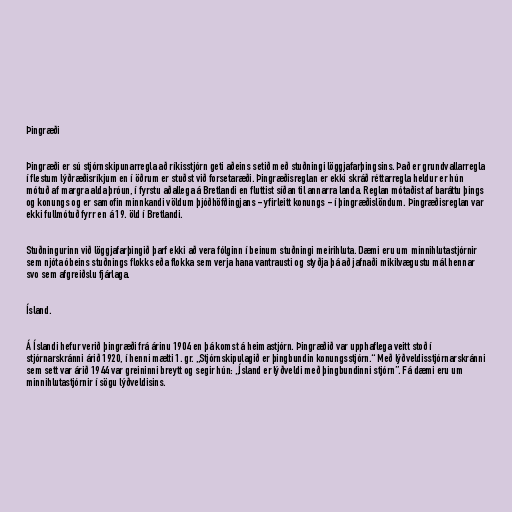
Þingræði

Þingræði er sú stjórnskipunarregla að ríkisstjórn geti aðeins setið með stuðningi löggjafarþingsins. Það er grundvallarregla
í flestum lýðræðisríkjum en í öðrum er stuðst við forsetaræði. Þingræðisreglan er ekki skráð réttarregla heldur er hún
mótuð af margra alda þróun, í fyrstu aðallega á Bretlandi en fluttist síðan til annarra landa. Reglan mótaðist af baráttu þings
og konungs og er samofin minnkandi völdum þjóðhöfðingjans - yfirleitt konungs - í þingræðislöndum. Þingræðisreglan var
ekki fullmótuð fyrr en á 19. öld í Bretlandi.

Stuðningurinn við löggjafarþingið þarf ekki að vera fólginn í beinum stuðningi meirihluta. Dæmi eru um minnihlutastjórnir
sem njóta óbeins stuðnings flokks eða flokka sem verja hana vantrausti og styðja þá að jafnaði mikilvægustu mál hennar
svo sem afgreiðslu fjárlaga.

Ísland.

Á Íslandi hefur verið þingræði frá árinu 1904 en þá komst á heimastjórn. Þingræðið var upphaflega veitt stoð í
stjórnarskránni árið 1920, í henni mælti 1. gr. „Stjórnskipulagið er þingbundin konungsstjórn.“ Með lýðveldisstjórnarskránni
sem sett var árið 1944 var greininni breytt og segir hún: „Ísland er lýðveldi með þingbundinni stjórn”. Fá dæmi eru um
minnihlutastjórnir í sögu lýðveldisins.